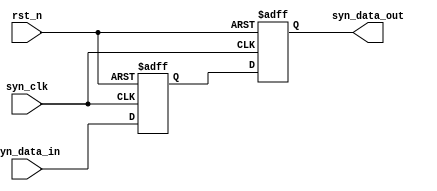
module syn(
input wire rst_n,
input wire syn_clk,
input wire [WIDTH - 1:0] syn_data_in,
output wire [WIDTH - 1:0] syn_data_out
);

parameter WIDTH = 5;

reg [WIDTH - 1:0] reg_0;
reg [WIDTH - 1:0] reg_1;
assign syn_data_out = reg_1;

always @(posedge syn_clk or negedge rst_n)begin
    if(!rst_n)begin
        reg_0 <= 0;
        reg_1 <= 0;
    end else begin
        reg_0 <= syn_data_in;
        reg_1 <= reg_0;
    end
end

endmodule